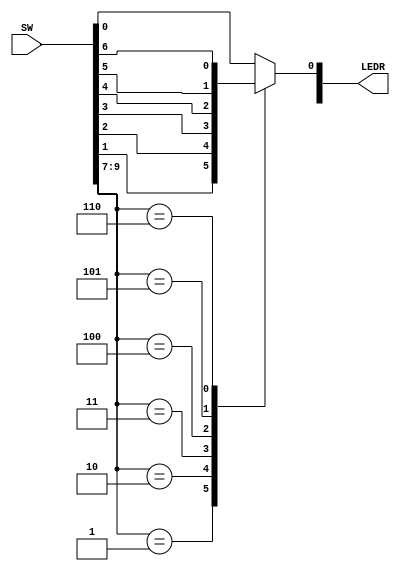
//SW[6:0] data inputs
//SW[9:7] select signal

//LEDR[0] output display

module mux7to1(LEDR, SW);
    input [9:0] SW;
    output [9:0] LEDR;

    reg Out; // d e c l a r e the output s i g n a l f r o the always b l o c k

    always @(*) // d e c l a r e always b l o c k
    begin
        case (SW[9:7] ) // s t a r t case s tat ement
            3'b000: Out = SW[0]; // case 0
            3'b001: Out = SW[1]; // case 1
            3'b010: Out = SW[2]; // case 2
            3'b011: Out = SW[3]; // case 3
            3'b100: Out = SW[4]; // case 4
            3'b101: Out = SW[5];// case 5
            3'b110: Out = SW[6];// case 6
            default : Out = SW[0];// d e f a u l t case
        endcase
    end

    assign LEDR[0] = Out;
endmodule